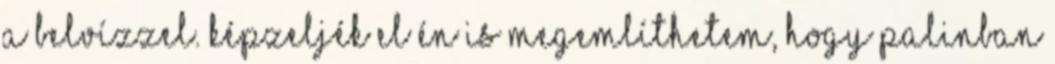
a belvízzel. Képzeljék el én is megemlíthetem, hogy Palinban